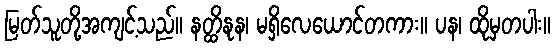
မြတ်သူတို့အကျင့်သည်။ နတ္ထိနုန၊ မရှိလေယောင်တကား။ ပန၊ ထိုမှတပါး။